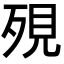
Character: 𪵄